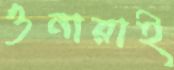
ওনারাই